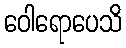
ဝေါရောပေသိ